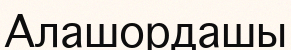
Алашордашы